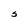
Character: S